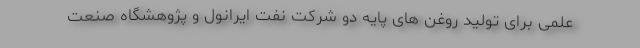
علمی برای تولید روغن های پایه دو شرکت نفت ایرانول و پژوهشگاه صنعت